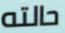
حالته